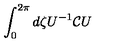
\int _ { 0 } ^ { 2 \pi } d \zeta U ^ { - 1 } { \cal C } U